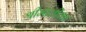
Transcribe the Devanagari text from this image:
श्रीमालीका